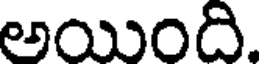
అయింది.